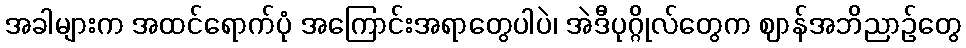
အခါများက အထင်ရောက်ပုံ အကြောင်းအရာတွေပါပဲ၊ အဲဒီပုဂ္ဂိုလ်တွေက ဈာန်အဘိညာဉ်တွေ